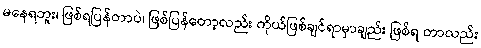
မနေရဘူး၊ ဖြစ်ရပြန်တာပဲ၊ ဖြစ်ပြန်တော့လည်း ကိုယ်ဖြစ်ချင်ရာမှာချည်း ဖြစ်ရ တာလည်း